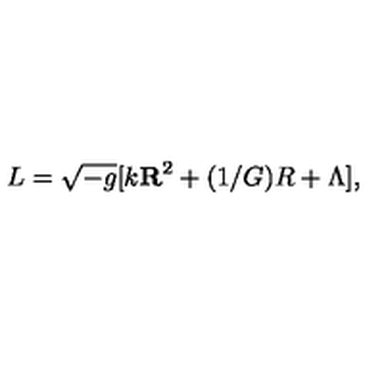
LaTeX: L = \sqrt { - g } [ k { \bf R } ^ { 2 } + ( 1 / G ) R + \Lambda ] ,